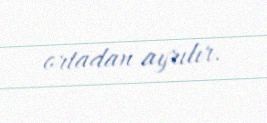
ortadan ayrılır.